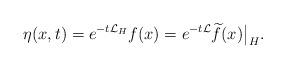
LaTeX: \begin{align*}\eta(x,t)=e^{-t\mathcal{L}_H}f(x)=e^{-t\mathcal{L}}\widetilde{f}(x)\big|_H.\end{align*}